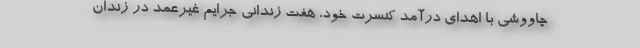
چاووشی با اهدای درآمد کنسرت خود، هفت زندانی جرایم غیرعمد در زندان